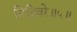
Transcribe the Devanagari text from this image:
सिद्धिवरे॥५॥